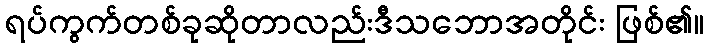
ရပ်ကွက်တစ်ခုဆိုတာလည်းဒီသဘောအတိုင်း ဖြစ်၏။